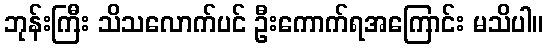
ဘုန်းကြီး သိသလောက်ပင် ဦးကောက်ရအကြောင်း မသိပါ။